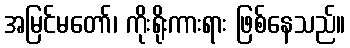
အမြင်မတော်၊ ကိုးရိုးကားရား ဖြစ်နေသည်။